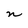
Character: n